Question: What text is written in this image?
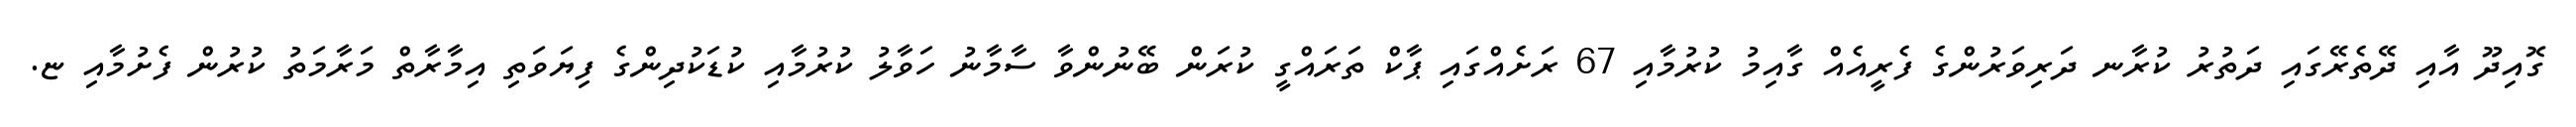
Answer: ގޮއިދޫ އާއި ދޭތެރޭގައި ދަތުރު ކުރާނ ދަރިވަރުންގެ ފެރީއެއް ގާއިމު ކުރުމާއި 67 ރަށެއްގައި ޕާކް ތަރައްގީ ކުރަން ބޭނުންވާ ސާމާނު ހަވާލު ކުރުމާއި ކުޑަކުދިންގެ ފިޔަވަތި އިމާރާތް މަރާމަތު ކުރުން ފެށުމާއި ޏ.